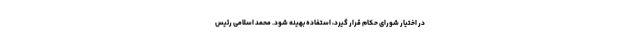
در اختیار شورای حکام قرار گیرد، استفاده بهینه شود. محمد اسلامی رئیس